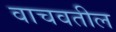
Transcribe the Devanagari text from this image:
वाचवतील